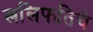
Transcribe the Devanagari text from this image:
खलिफतिचे